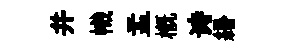
并幟盂槪诗緡